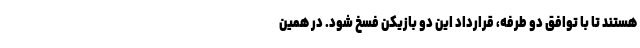
هستند تا با توافق دو طرفه، قرارداد این دو بازیکن فسخ شود. در همین